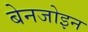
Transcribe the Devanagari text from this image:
बेनजोइन